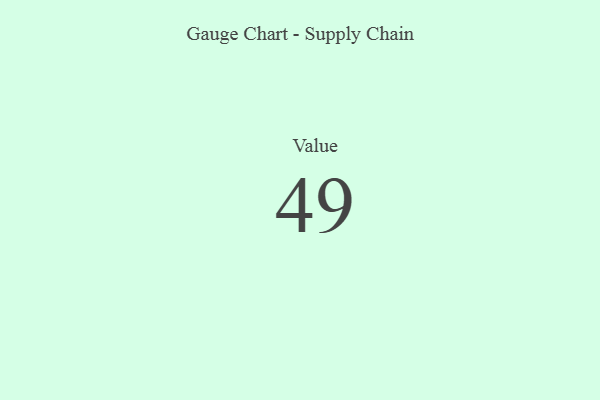
{"axis": {"x": "Metric", "y": "Value"}, "legend": [""], "data": [{"x": "Value", "y": 49, "type": ""}]}